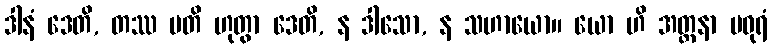
ဒါနံ ဒေတိ, တဿ ပတိ ဟုတွာ ဒေတိ, န ဒါသော, န သဟာယော။ ယော ဟိ အတ္တနာ မဓုရံ